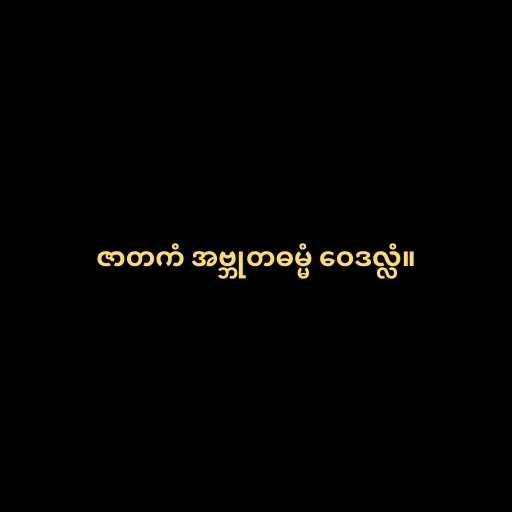
ဇာတကံ အဗ္ဘုတဓမ္မံ ဝေဒလ္လံ။